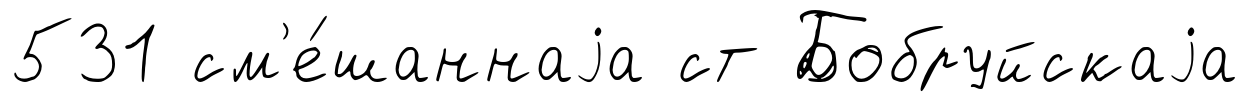
531 см'е́шаннаjа ст Бобруйскаjа